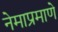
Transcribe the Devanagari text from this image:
नेमाप्रमाणे